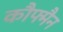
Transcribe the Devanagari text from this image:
कौफ्मैन